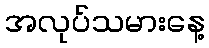
အလုပ်သမားနေ့